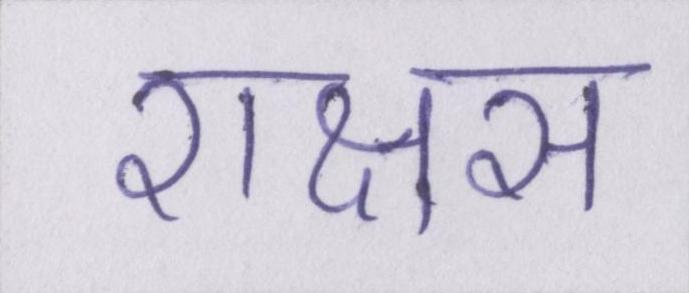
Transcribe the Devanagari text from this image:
राक्षस